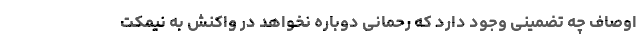
اوصاف چه تضمینی وجود دارد که رحمانی دوباره نخواهد در واکنش به نیمکت